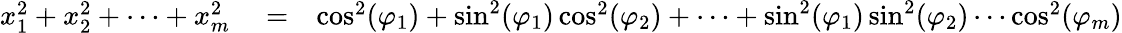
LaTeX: \begin{array}{rlr}{x_{1}^{2}+x_{2}^{2}+\cdots+x_{m}^{2}}&{{}=}&{\cos^{2}(\varphi_{1})+\sin^{2}(\varphi_{1})\cos^{2}(\varphi_{2})+\cdots+\sin^{2}(\varphi_{1})\sin^{2}(\varphi_{2})\cdots\cos^{2}(\varphi_{m})}\end{array}